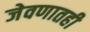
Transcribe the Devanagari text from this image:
जेवणातही